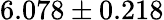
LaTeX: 6.078\pm 0.218